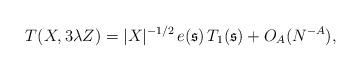
LaTeX: \begin{align*}T(X, 3\lambda Z) = |X|^{-1/2} \, e(\mathfrak{s})\, T_1(\mathfrak{s}) + O_A(N^{-A}),\end{align*}